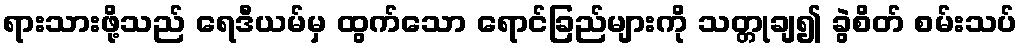
ရားသားဖို့သည် ရေဒီယမ်မှ ထွက်သော ရောင်ခြည်များကို သတ္တုချ၍ ခွဲစိတ် စမ်းသပ်